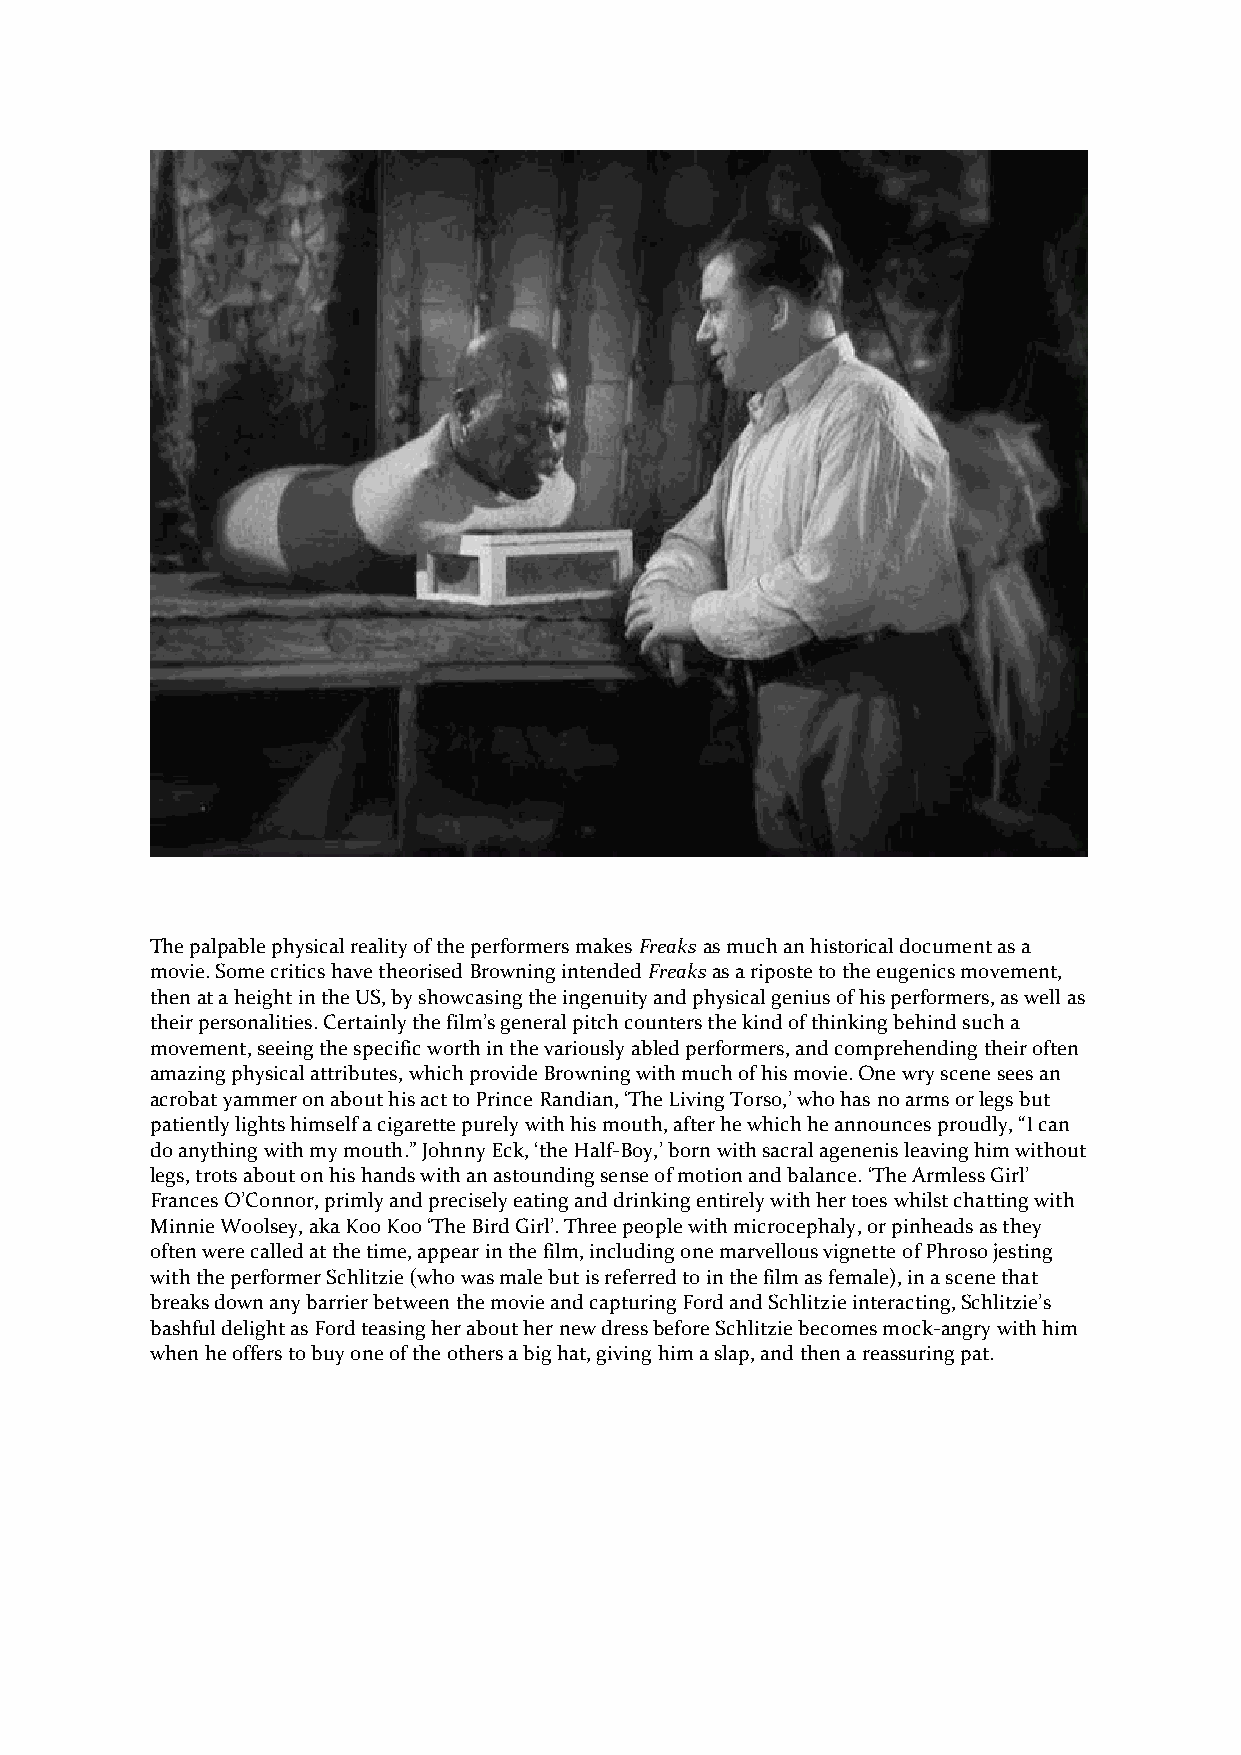
The palpable physical reality of the performers makes Freaks as much an historical document as a
 movie. Some critics have theorised Browning intended Freaks as a riposte to the eugenics movement,
 then at a height in the US, by showcasing the ingenuity and physical genius of his performers, as well as
 their personalities. Certainly the film’s general pitch counters the kind of thinking behind such a
 movement, seeing the specific worth in the variously abled performers, and comprehending their often
 amazing physical attributes, which provide Browning with much of his movie. One wry scene sees an
 acrobat yammer on about his act to Prince Randian, ‘The Living Torso,’ who has no arms or legs but
 patiently lights himself a cigarette purely with his mouth, after he which he announces proudly, “I can
 do anything with my mouth.” Johnny Eck, ‘the Half-Boy,’ born with sacral agenenis leaving him without
 legs, trots about on his hands with an astounding sense of motion and balance. ‘The Armless Girl’
 Frances O’Connor, primly and precisely eating and drinking entirely with her toes whilst chatting with
 Minnie Woolsey, aka Koo Koo ‘The Bird Girl’. Three people with microcephaly, or pinheads as they
 often were called at the time, appear in the film, including one marvellous vignette of Phroso jesting
 with the performer Schlitzie (who was male but is referred to in the film as female), in a scene that
 breaks down any barrier between the movie and capturing Ford and Schlitzie interacting, Schlitzie’s
 bashful delight as Ford teasing her about her new dress before Schlitzie becomes mock-angry with him
 when he offers to buy one of the others a big hat, giving him a slap, and then a reassuring pat.